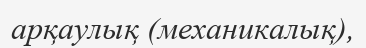
арқаулық (механикалық),